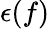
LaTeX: \epsilon(f)